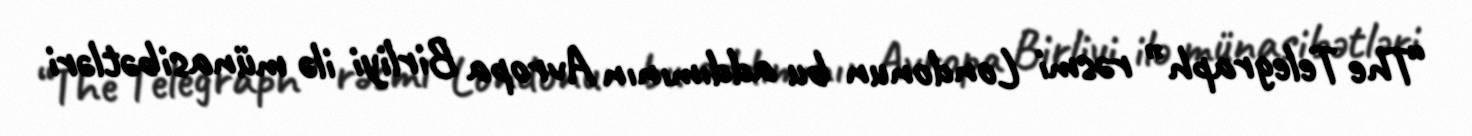
“The Telegraph” rəsmi Londonun bu addımının Avropa Birliyi ilə münasibətləri